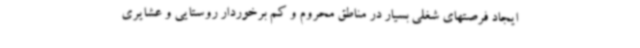
ایجاد فرصتهای شغلی بسیار در مناطق محروم و کم برخوردار روستایی و عشایری